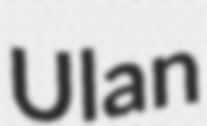
Ulan